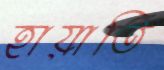
হায়াতি